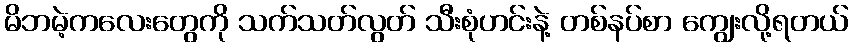
မိဘမဲ့ကလေးတွေကို သက်သတ်လွတ် သီးစုံဟင်းနဲ့ တစ်နပ်စာ ကျွေးလို့ရတယ်